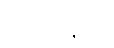
လုံးအနက်